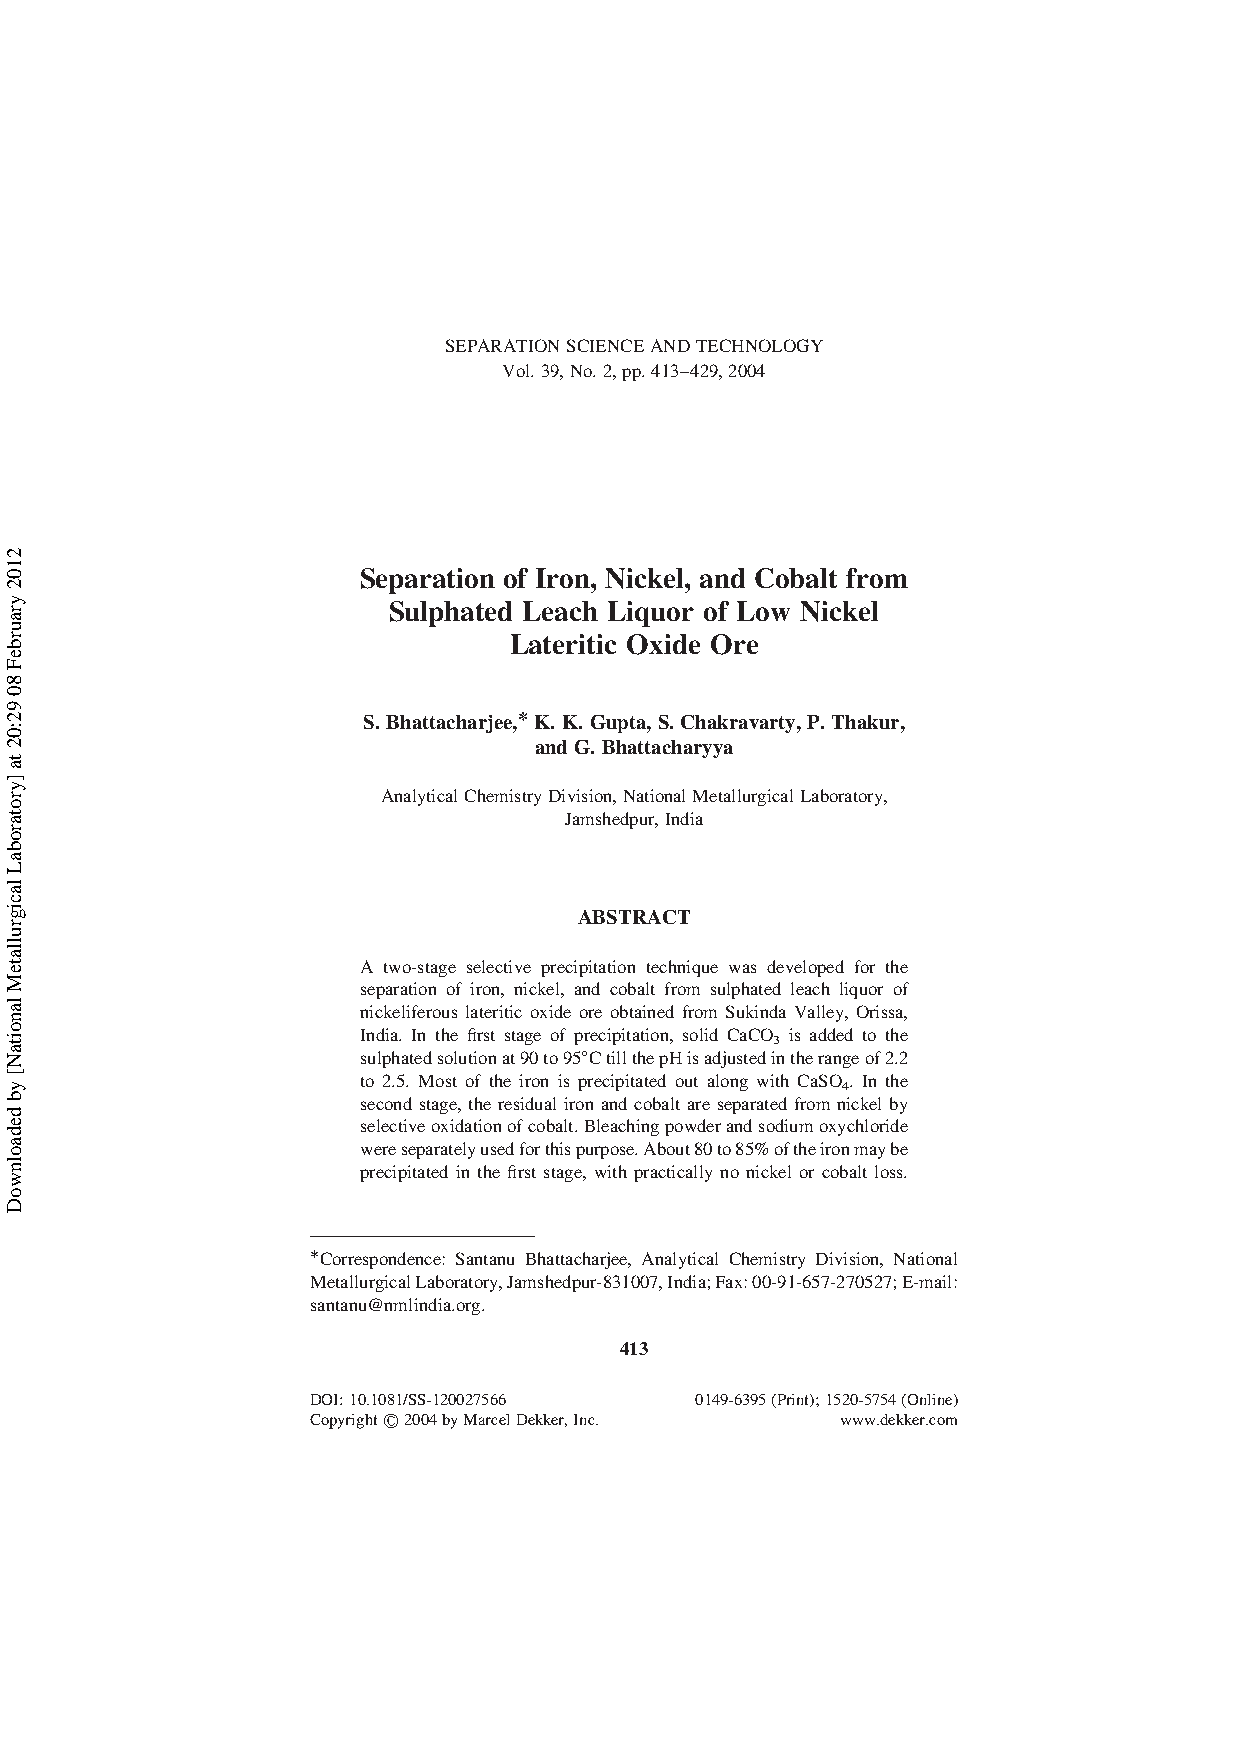
SEPARATIONSCIENCEANDTECHNOLOGY
 Vol.39,No.2,pp.413–429,2004
 Separation of Iron, Nickel, and Cobalt from
 Sulphated Leach Liquor of Low Nickel
 Lateritic Oxide Ore
 S. Bhattacharjee,* K.K. Gupta, S. Chakravarty,P. Thakur,
 and G. Bhattacharyya
 AnalyticalChemistryDivision,NationalMetallurgicalLaboratory,
 Jamshedpur,India
 ABSTRACT
 A two-stage selective precipitation technique was developed for the
 separation of iron, nickel, and cobalt from sulphated leach liquor of
 nickeliferous lateritic oxide ore obtained from Sukinda Valley, Orissa,
 India. In the first stage of precipitation, solid CaCO3 is added to the
 sulphatedsolutionat90to958CtillthepHisadjustedintherangeof2.2
 to 2.5. Most of the iron is precipitated out along with CaSO4. In the
 second stage, the residual iron and cobalt are separated from nickel by
 selectiveoxidationofcobalt.Bleachingpowderandsodiumoxychloride
 wereseparatelyusedforthispurpose.About80to85%oftheironmaybe
 precipitated in the first stage, with practically no nickel or cobalt loss.
 *Correspondence: Santanu Bhattacharjee, Analytical Chemistry Division, National
 MetallurgicalLaboratory,Jamshedpur-831007,India;Fax:00-91-657-270527;E-mail:
 santanu@nmlindia.org.
 413
 DOI:10.1081/SS-120027566 0149-6395(Print);1520-5754(Online)
 Copyright#2004byMarcelDekker,Inc.  www.dekker.com
 2102
 yraurbeF
 80
 92:02
 ta
 ]yrotarobaL
 lacigrullateM
 lanoitaN[
 yb
 dedaolnwoD